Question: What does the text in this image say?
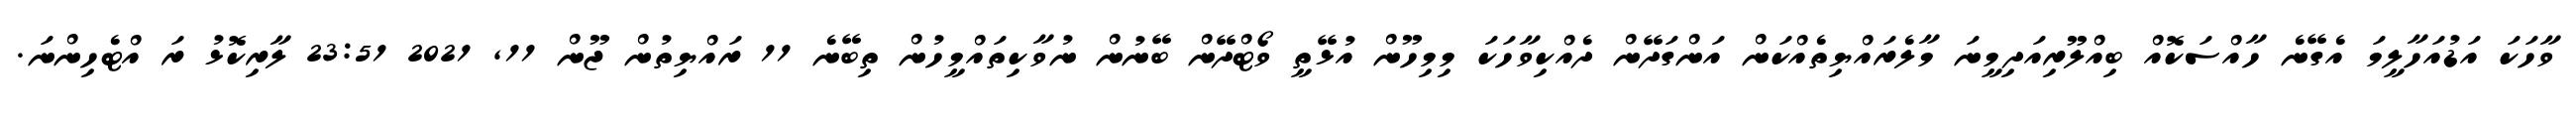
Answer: ވާހަކަ އަޑުއަހާލީމަ އެގޭނެ ހާއްސަކޮއް ބިއްލޫރިއަދިމީނަ މާލެރައްޔިތެއްކަން އަންގަދޭން ދެއްކިވާހަކަ މިމިހޫން އުޅޭތީ ވޯޓްދޭން ބޭނުން ނުވާކިތައްމީހުން ތިބޭނެ 11 ރައްޔިތުން ޖޫން 11, 2021 23:51 ލާރިކޮޅު ރަ އްޓެހިންނަ.